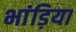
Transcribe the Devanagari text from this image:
भांड़िया